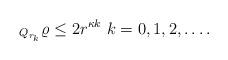
LaTeX: \begin{align*} _{Q_{r_k}} \varrho \leq 2 r^{\kappa k} ~ k = 0,1,2,\dots. \end{align*}